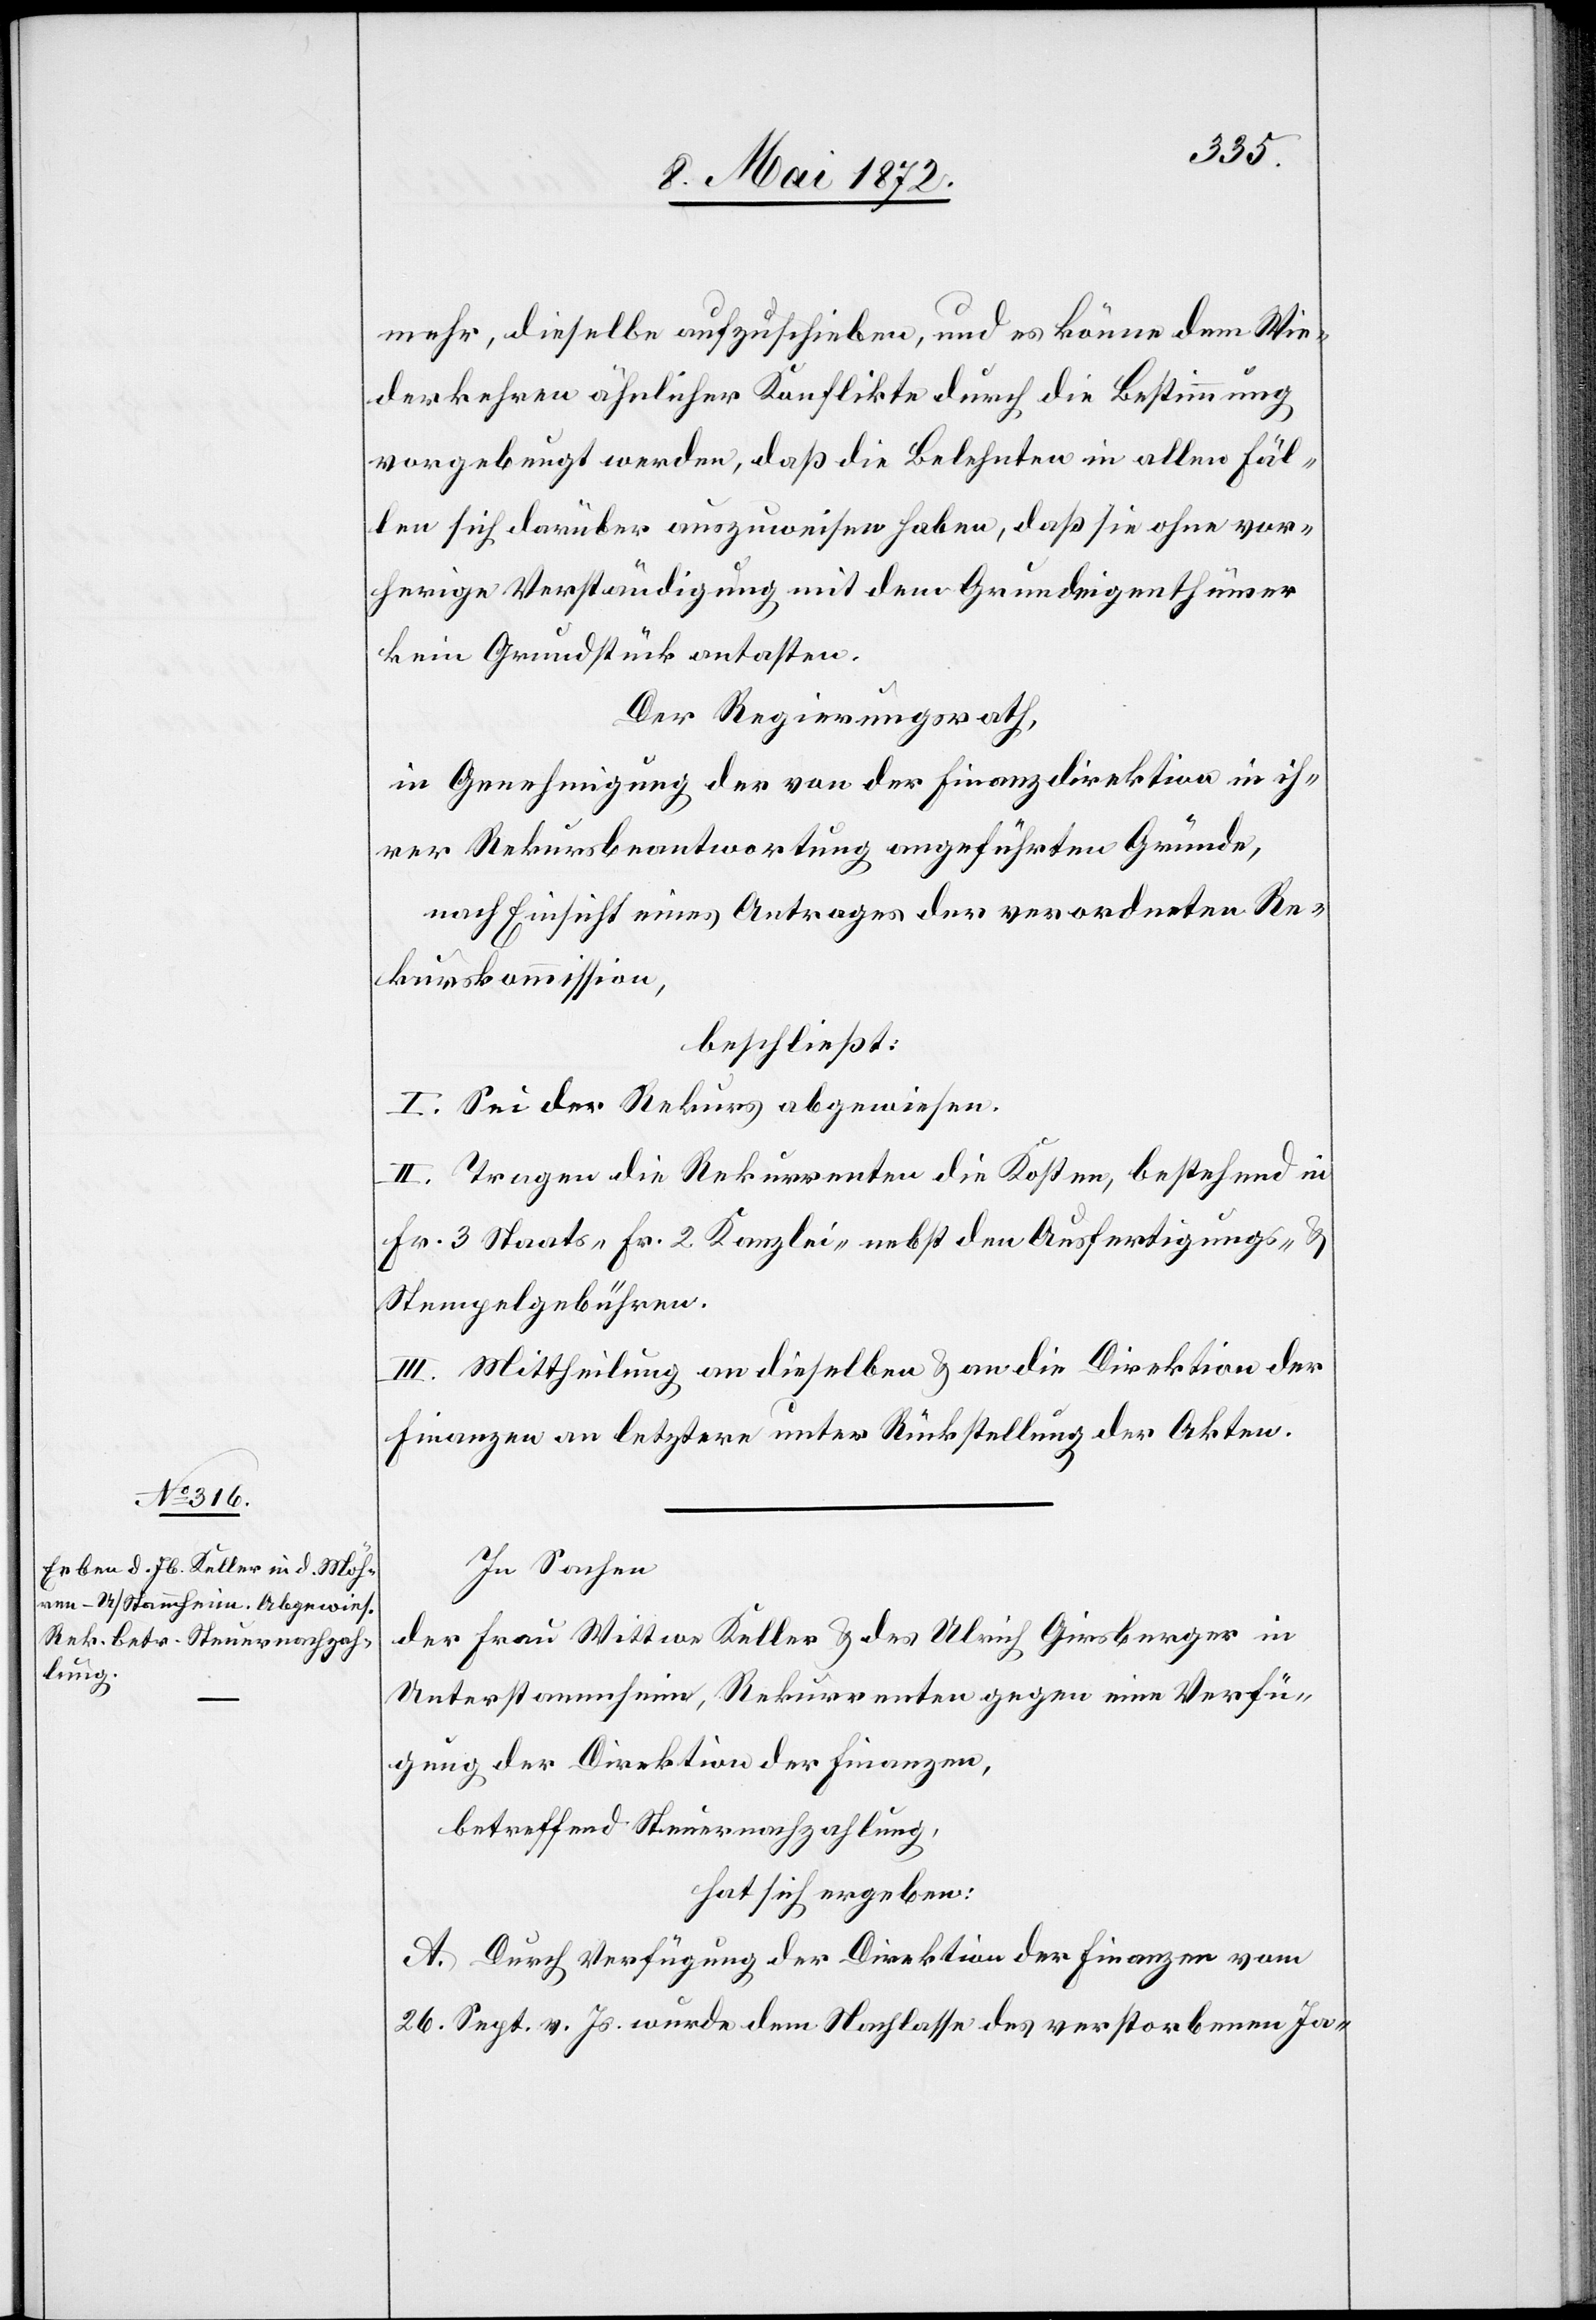
mehr, dieselbe aufzuschieben, und es könne dem Wie¬
derkehren ähnlicher Konflikte durch die Bestimmung
vorgebeugt werden, daß die Belehnten in allen Fäl¬
len sich darüber auszuweisen haben, daß sie ohne vor¬
herige Verständigung mit dem Grundeigenthümer
kein Grundstück antasten.
Der Regierungsrath,
in Genehmigung der von der Finanzdirektion in ih¬
rer Rekursbeantwortung angeführten Gründe,
nach Einsicht eines Antrages der verordneten Re¬
kurskommission,
beschließt:
I. Sei der Rekurs abgewiesen.
II. Tragen die Rekurrenten die Kosten, bestehend in
Fr. 3 Staats-[,] Fr. 2 Kanzlei-[,] nebst den Ausfertigungs- u.
Stempelgebühren.
III. Mittheilung an dieselbe u. an die Direktion der
Finanzen an letztere unter Rückstellung der Akten.
In Sachen
der Frau Wittwe Keller u. des Ulrich Giesberger in
Unterstammheim, Rekurrenten gegen eine Verfü¬
gung der Direktion der Finanzen,
betreffend Steuernachzahlung,
hat sich ergeben:
A. Durch Verfügung der Direktion der Finanzen vom
26. Sept. v. Js. wurde dem Nachlasse des verstorbenen Ja-